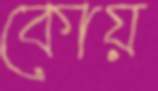
কোয়